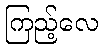
ကြည့်လေ